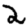
Digit: 2